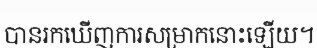
បានរកឃើញការសម្រាកនោះឡើយ។